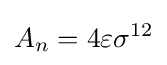
A_{n}=4\varepsilon \sigma ^{12}